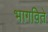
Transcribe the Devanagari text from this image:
भागविते